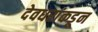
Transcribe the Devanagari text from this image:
देवधरांकडून